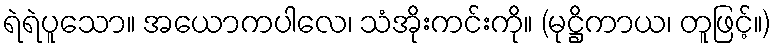
ရဲရဲပူသော။ အယောကပါလေ၊ သံအိုးကင်းကို။ (မုဋ္ဌိကာယ၊ တူဖြင့်။)